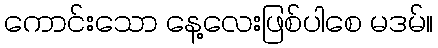
ကောင်းသော နေ့လေးဖြစ်ပါစေ မဒမ်။